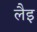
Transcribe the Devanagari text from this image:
लैइ